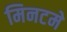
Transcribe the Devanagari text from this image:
मिनटमे